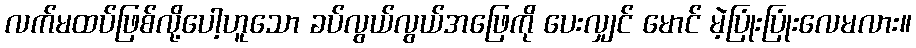
လက်မထပ်ဖြစ်လို့ပေါ့ဟူသော ခပ်လွယ်လွယ်အဖြေကို ပေးလျှင် မောင် မဲ့ပြုံးပြုံးလေမလား။